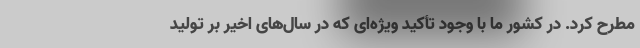
مطرح کرد. در کشور ما با وجود تأکید ویژه‌ای که در سال‌های اخیر بر تولید